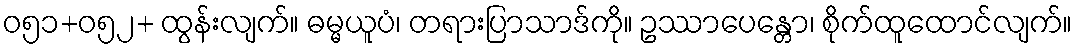
ဝ၅၁+ဝ၅၂+ ထွန်းလျက်။ ဓမ္မယူပံ၊ တရားပြာသာဒ်ကို။ ဥဿာပေန္တော၊ စိုက်ထူထောင်လျက်။